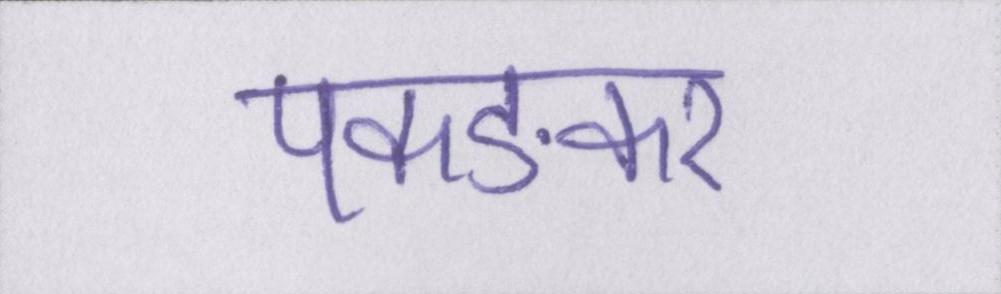
पकङकर